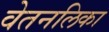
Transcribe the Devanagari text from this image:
वेतनलिका